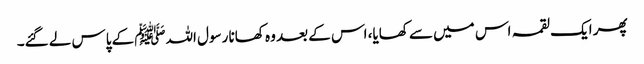
پھر ایک لقمہ اس میں سے کھایا، اس کے بعد وہ کھانا رسول اللہﷺ کے پاس لے گئے۔